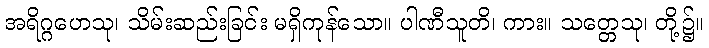
အရိဂ္ဂဟေသု၊ သိမ်းဆည်းခြင်း မရှိကုန်သော။ ပါဏီသူတိ၊ ကား။ သတ္တေသု၊ တို့၌။